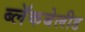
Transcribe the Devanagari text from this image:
ब्लॅकबेलीड